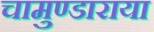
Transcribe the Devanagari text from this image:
चामुण्डाराया